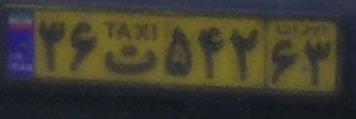
۳۶ت۵۴۲۶۳